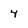
Character: 4